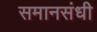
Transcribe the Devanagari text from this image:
समानसंधी